画像に写った文字を読んでください
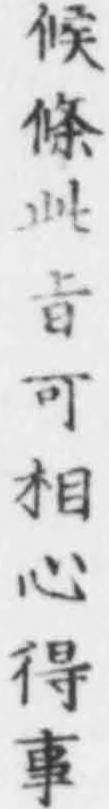
「候條此㫖可相心得事」と書いてあります